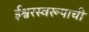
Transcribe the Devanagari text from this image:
ईश्वरस्वरूपाची